Vaccination in Bombay 1889-1901 - 1889-1901
Year: 1889
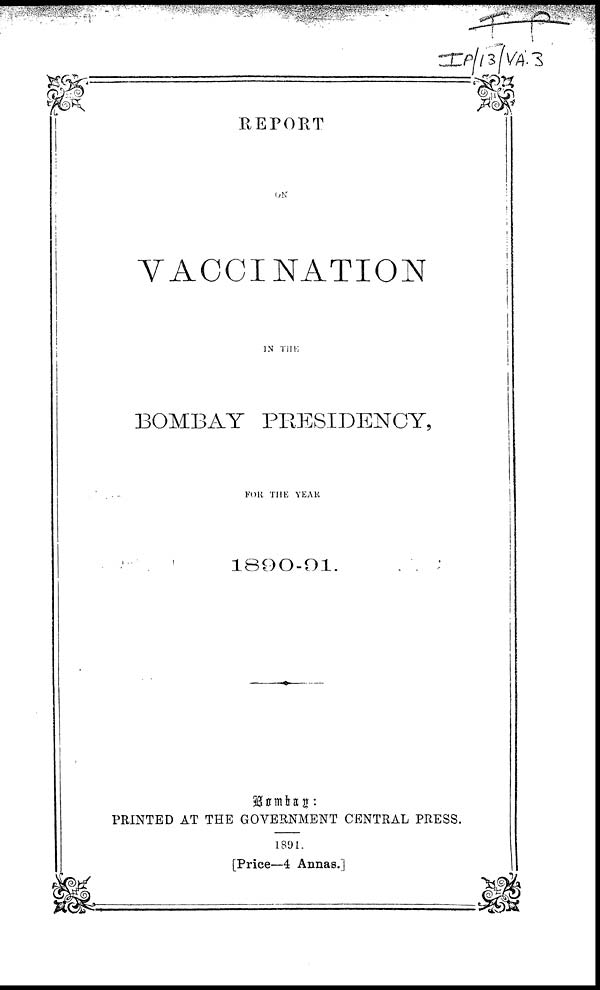
REPORT
ON
VACCINATION
IN THE
BOMBAY PRESIDENCY,
FOR THE YEAR
1800-91.
Bombay :
PRINTED AT THE GOVERNMENT CENTRAL PRESS.
1891.
[Price—4 Annas.]